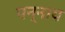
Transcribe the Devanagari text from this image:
पन्नाय